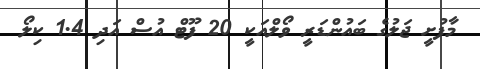
މާފުށީ ޖަލުގެ ބައުންޑަރީ ވޯލްއަކީ 20 ފޫޓް އުސް އަދި 1.4 ކިލޯ